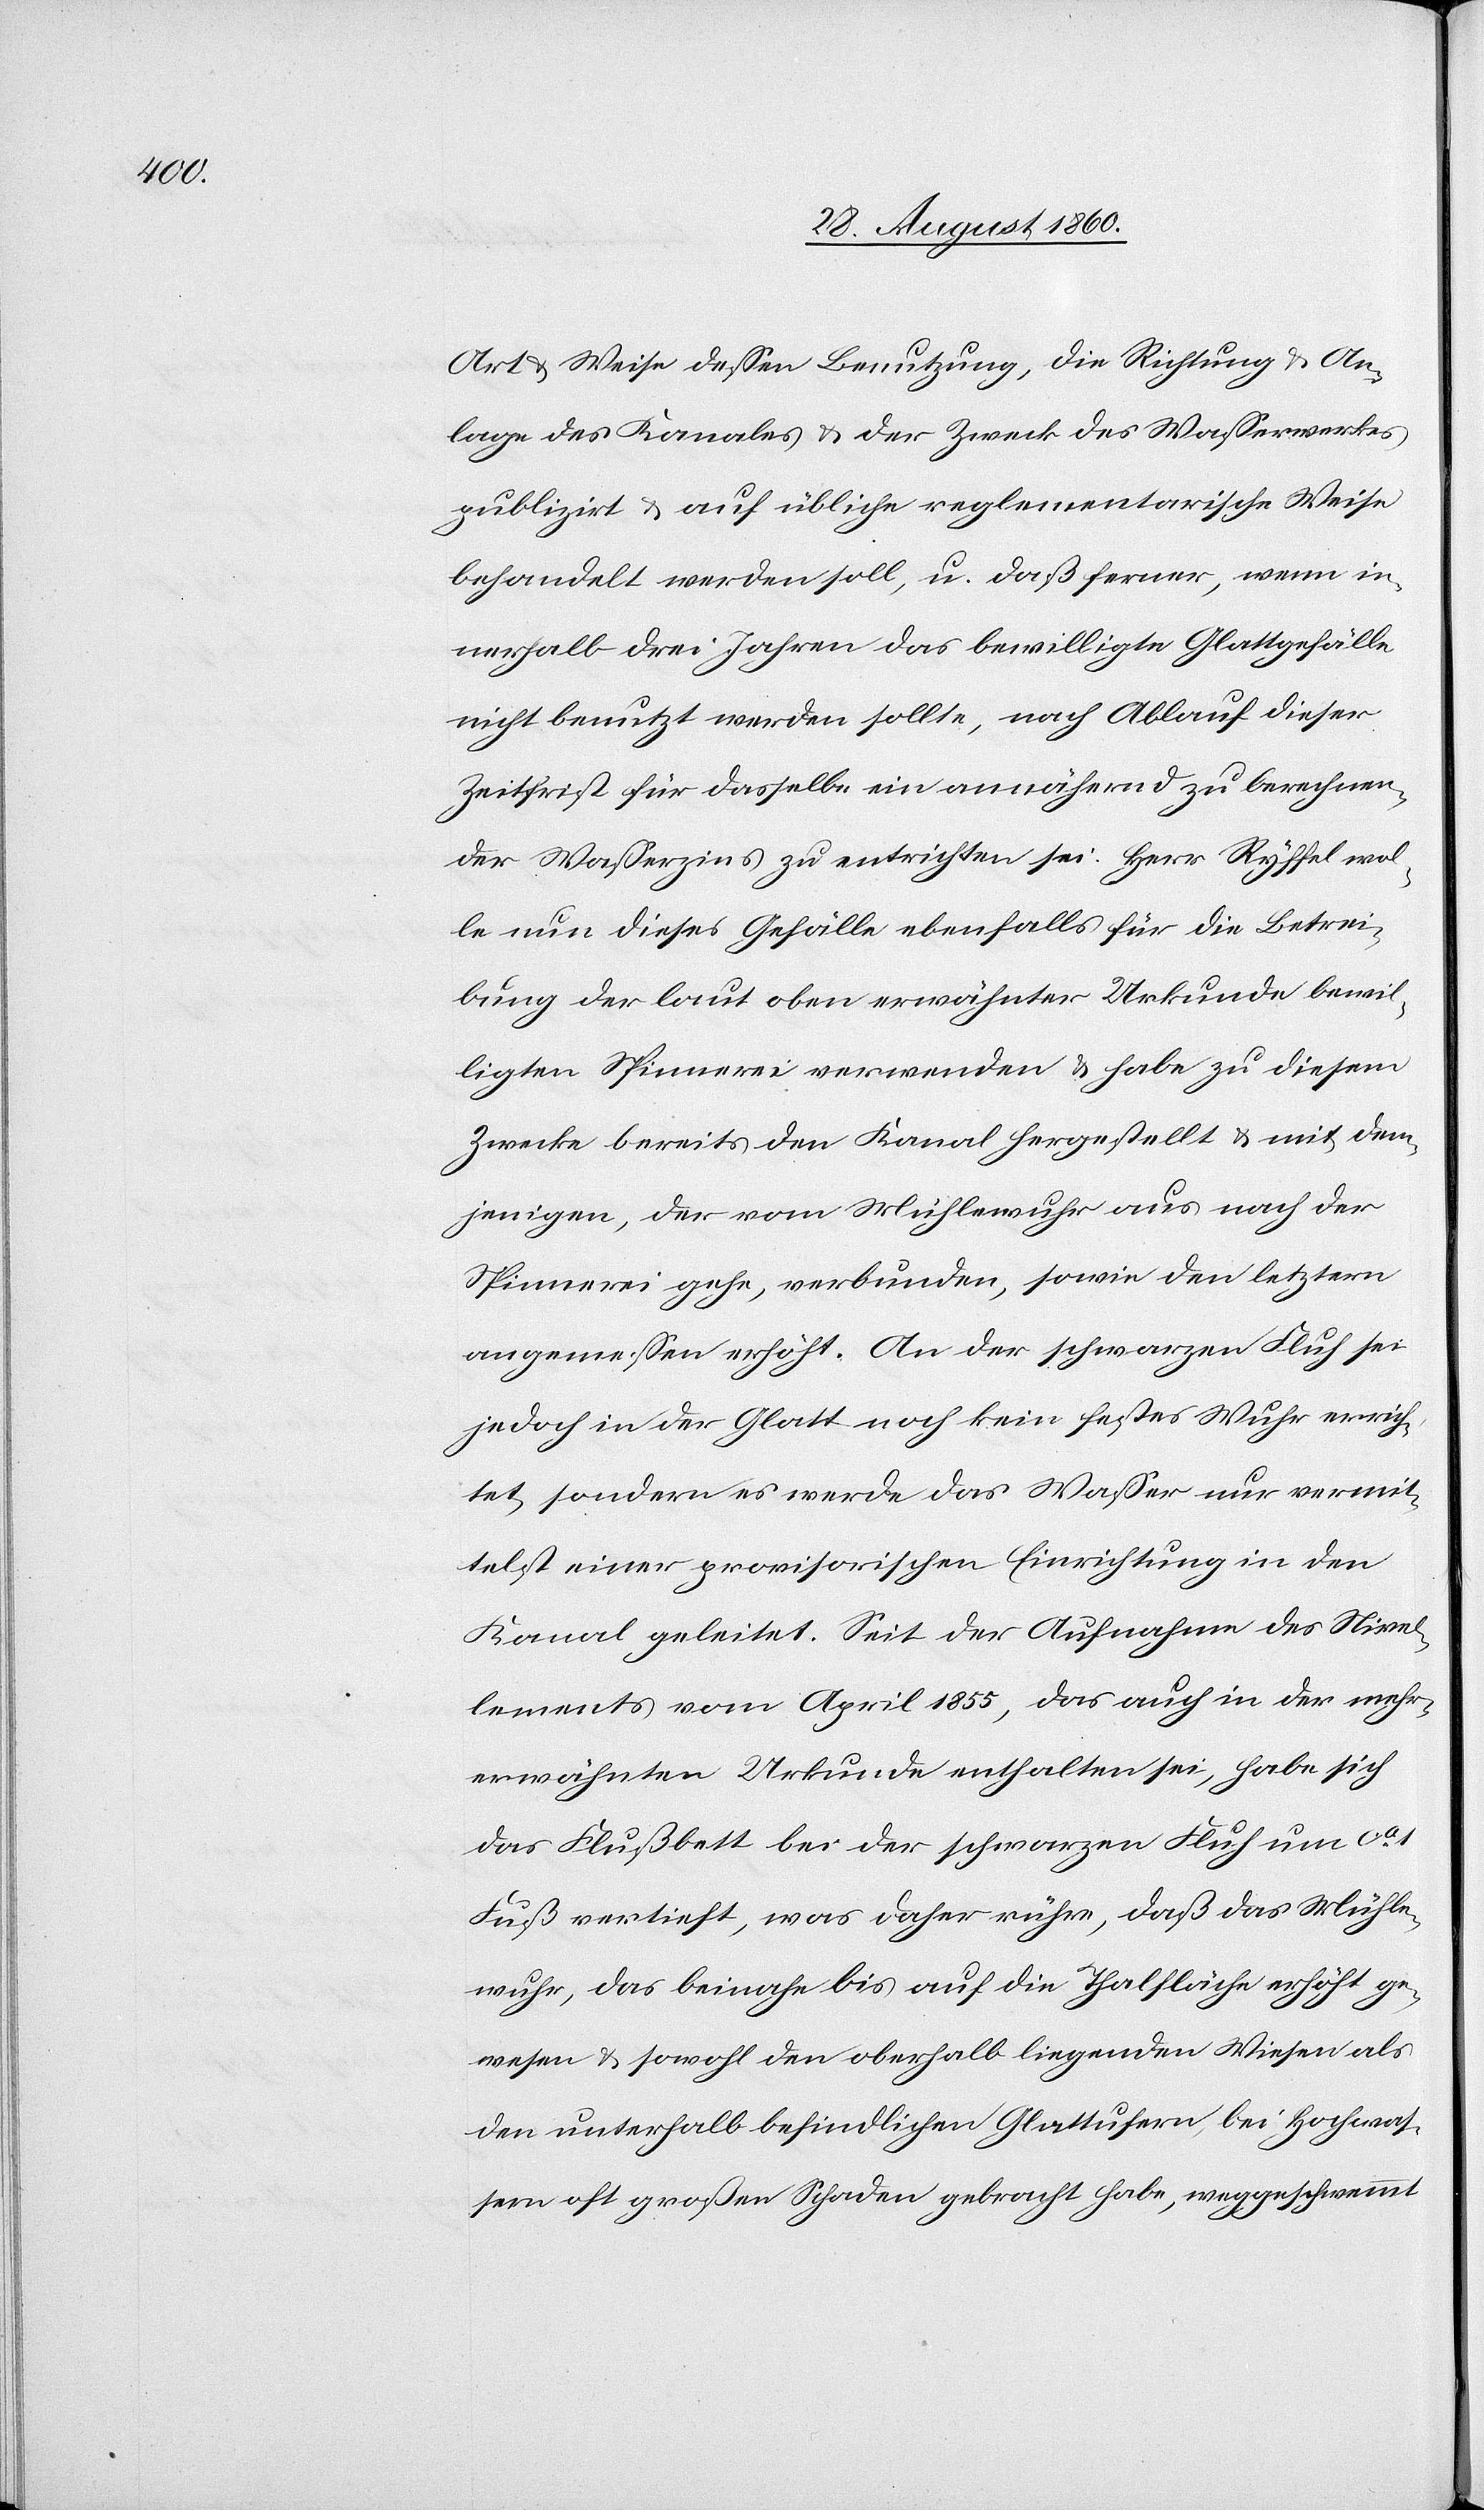
Art u. Weise dessen Benutzung, die Richtung u. An¬
lage des Kanales u. der Zweck des Wasserwerkes
publizirt und auf übliche reglementarische Weise
behandelt werden soll, und dass ferner, wenn in¬
nerhalb drei Jahren das bewilligte Glattgefälle
nicht benutzt werden sollte, nach Ablauf dieser
Zeitfrist für dasselbe ein annähernd zu berechnen¬
der Wasserzins zu entrichten sei. Hs. Ryffel wol¬
le nun dieses Gefälle ebenfalls für die Betrei¬
bung der laut oben erwähnten Urkunde bewil¬
ligten Spinnerei verwenden u. habe zu diesem
Zwecke bereits den Kanal hergestellt u. mit dem¬
jenigen, der vom Mühlewuhr aus nach der
Spinnerei gehe, verbunden, sowie den letztern
angemessen erhöht. An der schwarzen Fluh sei
jedoch in der Glatt noch kein festes Wuhr errich¬
tet, sondern es werde das Wasser nur vermit¬
telst einer provisorischen Einrichtung in den
Kanal geleitet. Seit der Aufnahme des Nivel¬
lements vom April 1855, das auch in der mehr¬
erwähnten Urkunde enthalten sei, habe sich
das Flussbett bei der schwarzen Fluh um ca.
Fuss vertieft, was daher rühre, dass das Mühle¬
wuhr, das beinahe bis auf die Thalfläche erhöht ge¬
wesen u. sowohl den oberhalb liegenden Wiesen als
den unterhalb befindlichen Glattufern, bei Hochwas¬
sern oft grossen Schaden gebracht habe, weggeschwemmt